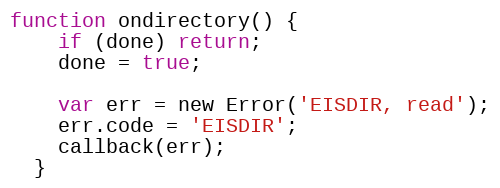
Language: JavaScript
function ondirectory() {
    if (done) return;
    done = true;

    var err = new Error('EISDIR, read');
    err.code = 'EISDIR';
    callback(err);
  }